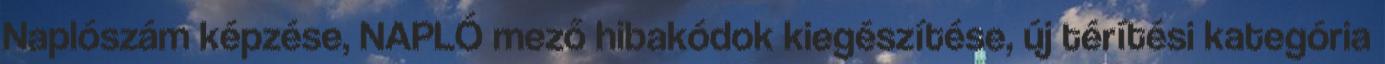
Naplószám képzése, NAPLÓ mező hibakódok kiegészítése, új térítési kategória